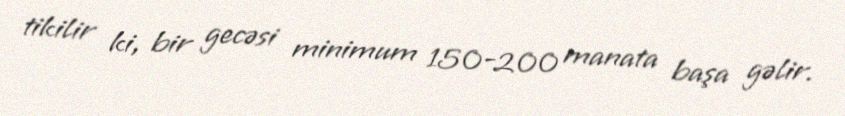
tikilir ki, bir gecəsi minimum 150-200 manata başa gəlir.